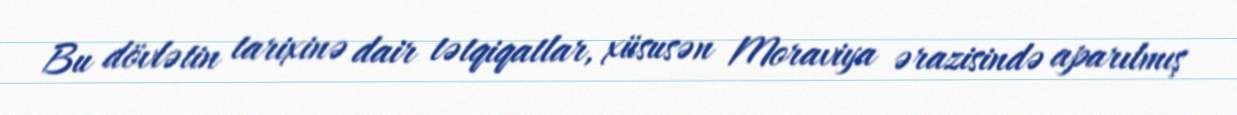
Bu dövlətin tarixinə dair tətqiqatlar, xüsusən Moraviya ərazisində aparılmış